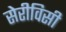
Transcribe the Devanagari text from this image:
सेरीविसी